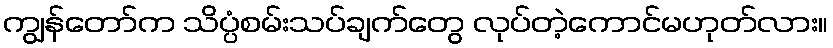
ကျွန်တော်က သိပ္ပံစမ်းသပ်ချက်တွေ လုပ်တဲ့ကောင်မဟုတ်လား။